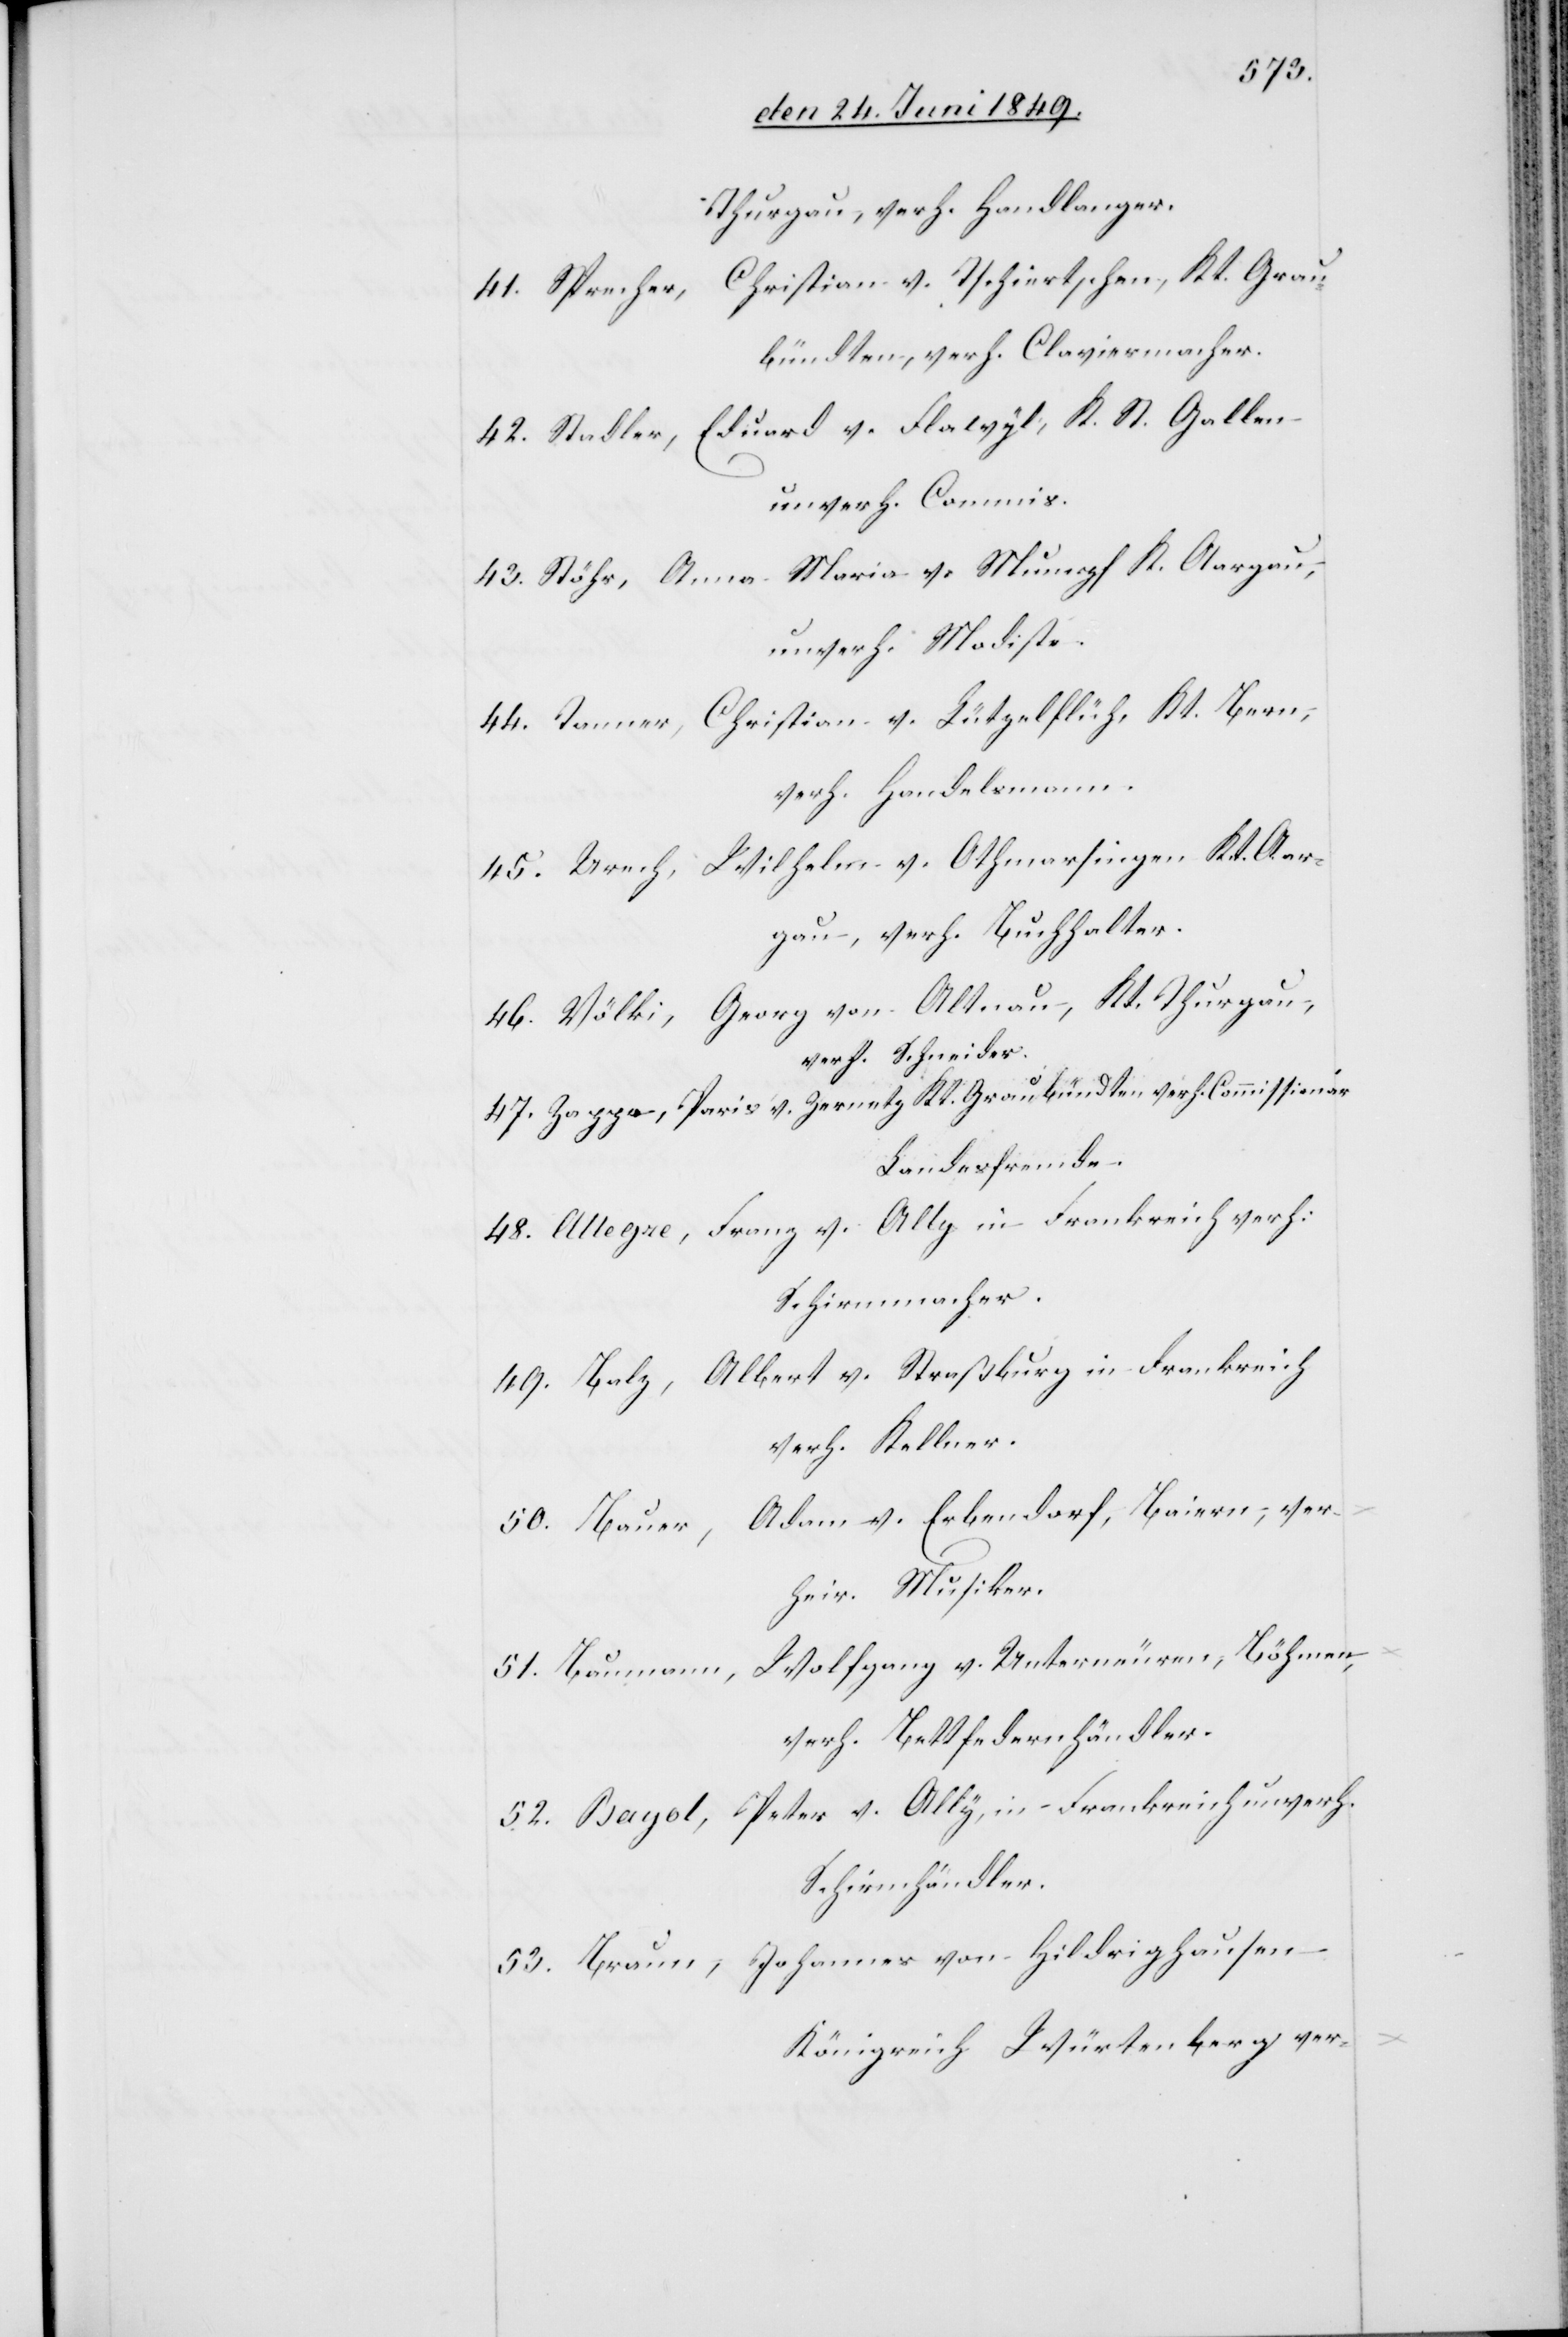
Thurgau, verh. Handlanger.
Christian v. Tschiertschen, Kt. Grau¬
41. Sprecher,
bündten, verh. Claviermacher.
42. Stadler, Eduard v. Flawyl, K. St. Gallen
unverh. Commis.
43. Stöhr, Anna Maria v. Mumpf K. Aargau,
unverh. Modiste.
44. Tanner, Christian v. Lützelflüh, Kt. Bern,
verh. Handelsmann.
45. Urech, Wilhelm v. Othmarsingen Kt. Aar¬
gau, verh. Buchhalter.
46. Völki, Georg von Altnau, Kt. Thurgau,
verh. Schneider.
47. Zappa, Paris v. Zernetz, Kt. Graubündten verh. Commissionär
Landesfremde.
48. Allegre, Franz v. Ally in Frankreich verh:
Schirmmacher.
Albert v. Straßburg in Frankreich
49. Balz,
verh. Kellner.
50. Bauer, Adam v. Erbendorf, Baiern, ver¬
heir. Musiker.
51. Baumann, Wolfgang v. Unterneuren, Böhmen,
verh. Bettfedernhändler.
52. Bayol, Peter v. Ally, in Frankreich unverh.
Schirmhändler.
53. Braun, Johannes von Hildrighausen
Königreich Würtenberg ver-